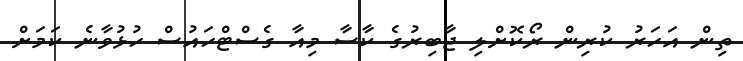
ތިން އަހަރު ކުރިން ރޯކޮށްލި ޖާބިރުގެ ކާސާ މިއާ ގެސްޓްހައުސް ހުޅުވާނެ ކަމަށް